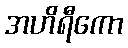
အဟိရီကော